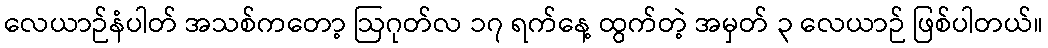
လေယာဉ်နံပါတ် အသစ်ကတော့ ဩဂုတ်လ ၁၇ ရက်နေ့ ထွက်တဲ့ အမှတ် ၃ လေယာဉ် ဖြစ်ပါတယ်။